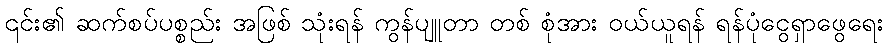
၎င်း၏ ဆက်စပ်ပစ္စည်း အဖြစ် သုံးရန် ကွန်ပျူတာ တစ် စုံအား ဝယ်ယူရန် ရန်ပုံငွေရှာဖွေရေး